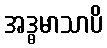
အဒ္ဓမာသာပိ